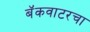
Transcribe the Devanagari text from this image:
बॅकवाटरचा